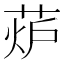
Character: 𦲊